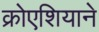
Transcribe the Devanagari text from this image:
क्रोएशियाने